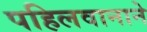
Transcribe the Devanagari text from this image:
पहिलवानाने